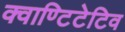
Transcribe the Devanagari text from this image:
क्वाण्टिटेटिव